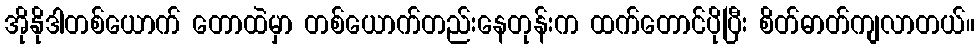
အိုနိုဒါတစ်ယောက် တောထဲမှာ တစ်ယောက်တည်းနေတုန်းက ထက်တောင်ပိုပြီး စိတ်ဓာတ်ကျလာတယ်။